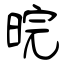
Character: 晥